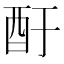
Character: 酑